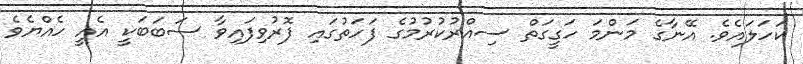
ކަހަލައެވެ. އޭނާގެ މަންމަ ހަގީގަތް ސިއްރުކުރުމުގެ ފަހަތުގައި ފޮރުވިފައިވާ ސަބަބަކީ އެއީ ހެއްޔެވެ